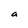
Character: a